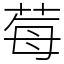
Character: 莓